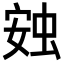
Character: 𧊹